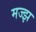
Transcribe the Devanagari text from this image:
मज्झ